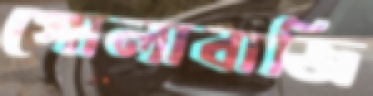
গোলাবাজি